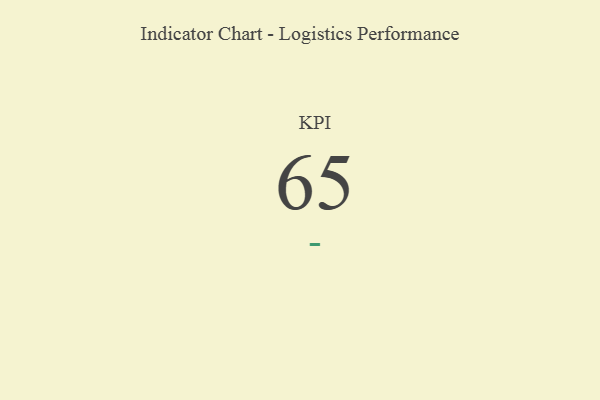
{"axis": {"x": "KPI", "y": "Value"}, "legend": [""], "data": [{"x": "KPI", "y": 65, "type": ""}]}